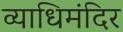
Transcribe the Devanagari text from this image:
व्याधिमंदिर